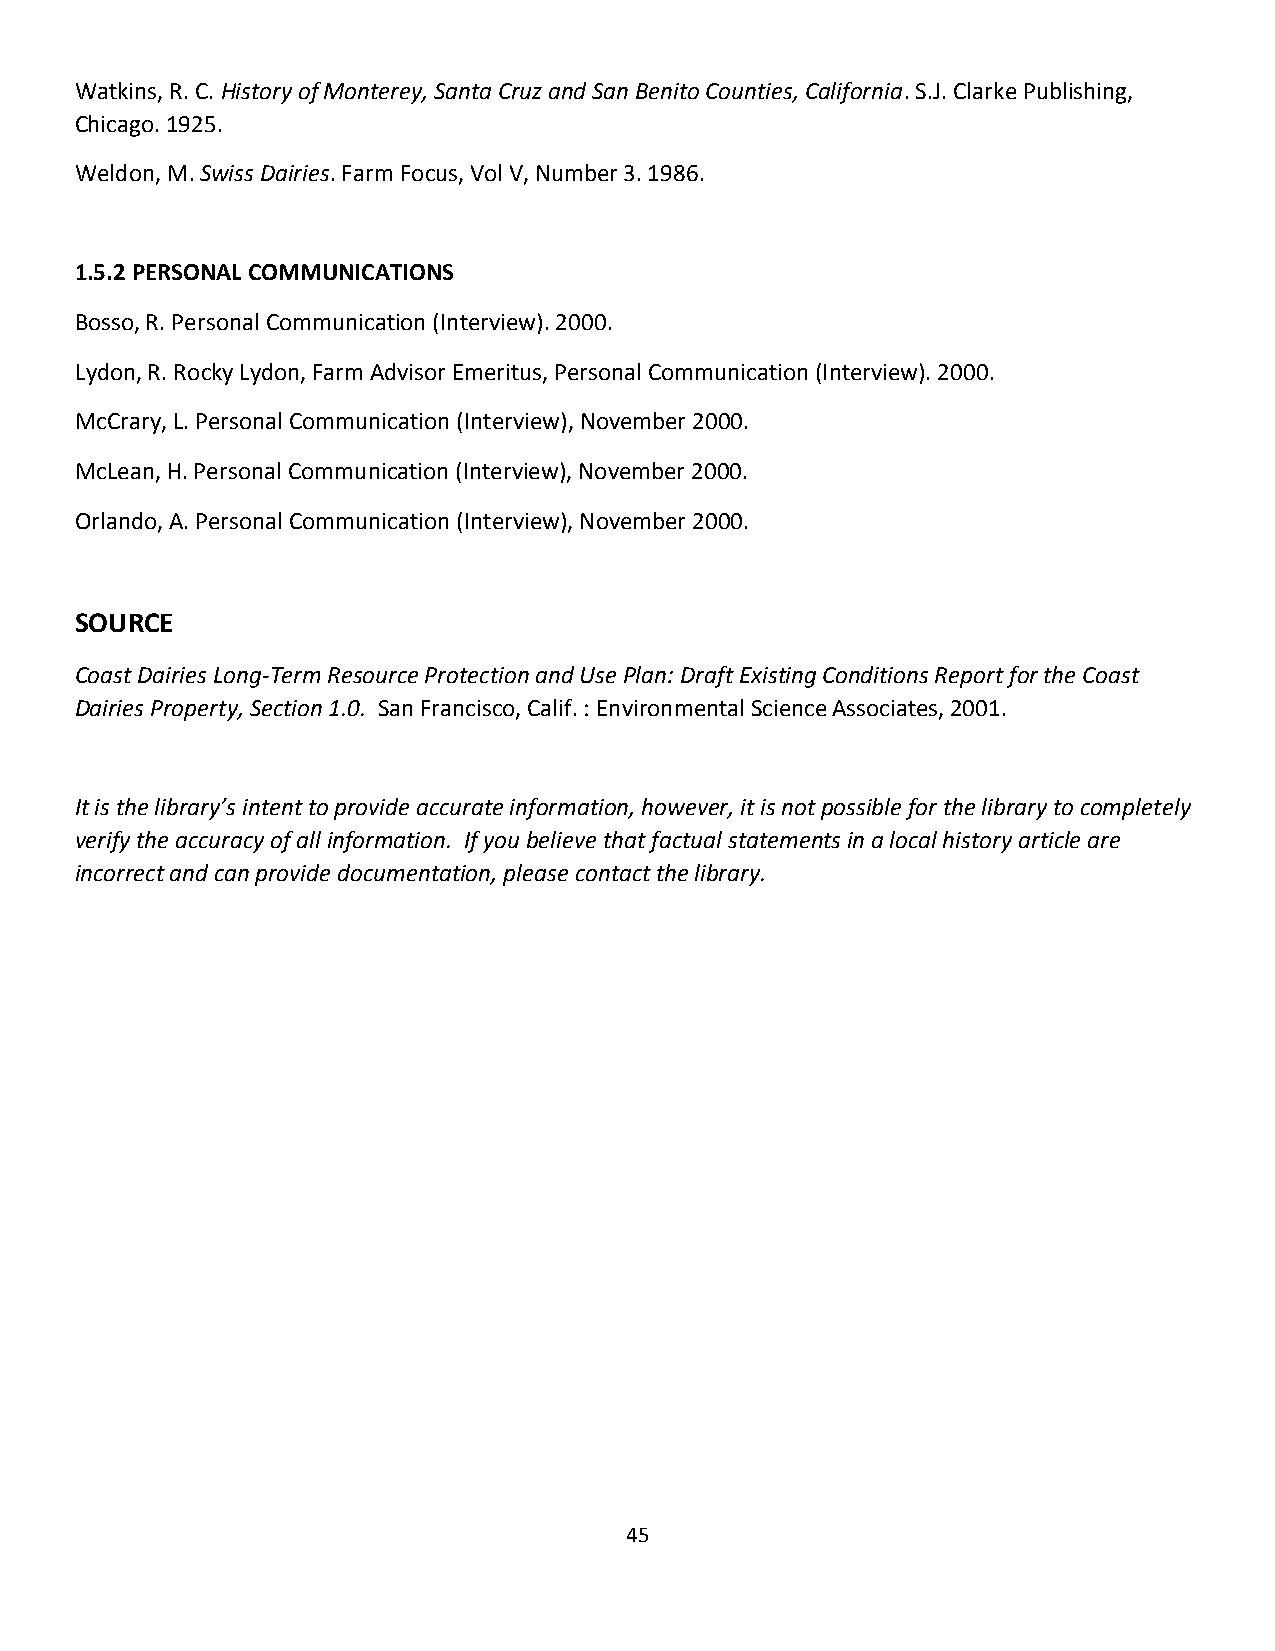
Watkins, R. C. History of Monterey, Santa Cruz and San Benito Counties, California. S.J. Clarke Publishing,
 Chicago. 1925.
 Weldon, M. Swiss Dairies. Farm Focus, Vol V, Number 3. 1986.
 1.5.2 PERSONAL COMMUNICATIONS
 Bosso, R. Personal Communication (Interview). 2000.
 Lydon, R. Rocky Lydon, Farm Advisor Emeritus, Personal Communication (Interview). 2000.
 McCrary, L. Personal Communication (Interview), November 2000.
 McLean, H. Personal Communication (Interview), November 2000.
 Orlando, A. Personal Communication (Interview), November 2000.
 SOURCE
 Coast Dairies Long-Term Resource Protection and Use Plan: Draft Existing Conditions Report for the Coast
 Dairies Property, Section 1.0. San Francisco, Calif. : Environmental Science Associates, 2001.
 It is the library’s intent to provide accurate information, however, it is not possible for the library to completely
 verify the accuracy of all information. If you believe that factual statements in a local history article are
 incorrect and can provide documentation, please contact the library.
 45